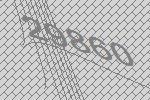
29860